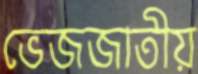
ভেজজাতীয়